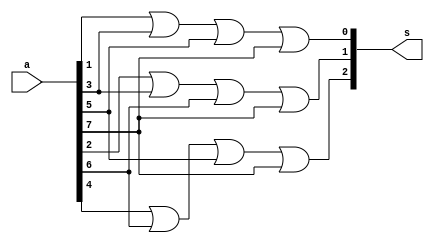
//data flow modeling.
//8 bit encoder.

//start module.
module encoder(a,s);

//declare i/o ports.
input [7:0]a;
output [2:0]s;
    
//assigning encoder.
assign s[0]= a[1] | a[3] | a[5] | a[7];
assign s[1]= a[2] | a[3] | a[6] | a[7];
assign s[2]= a[4] | a[6] | a[5] | a[7];

//ending module
endmodule